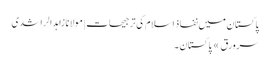
پاکستان میں نفاذ اسلام کی ترجیحات | مولانا زاہد الراشدی
سرورق » پاکستان ۔